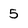
Character: 5